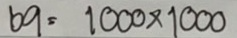
69 = 1000 x 1000